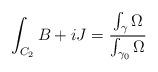
LaTeX: \begin{align*}\int_{C_2} B + iJ = {{\int_{\gamma} \Omega} \over {\int_{\gamma_0} \Omega }}\end{align*}